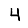
Digit: 4